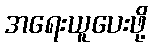
အရေးယူပေးဖို့